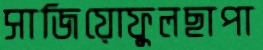
সাজিয়োফুলছাপা